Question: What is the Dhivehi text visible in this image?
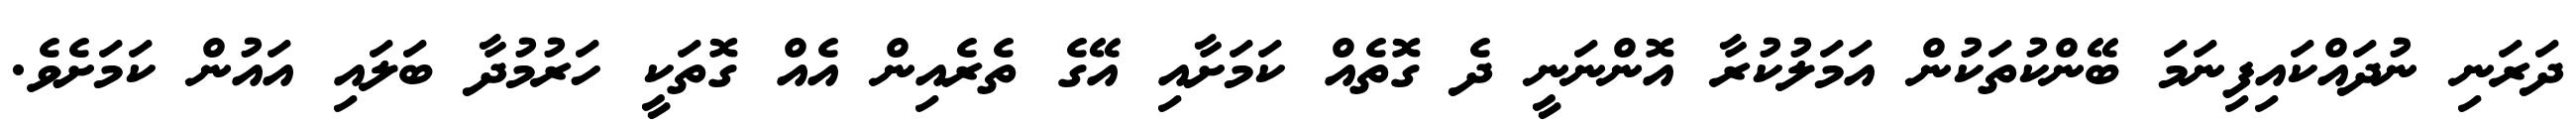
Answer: ދަރަނި ނުދައްކައިފިނަމަ ބޭންކުތަކުން އަމަލުކުރާ އޮންނަނީ ދެ ގޮތެއް ކަމަށާއި އޭގެ ތެރެއިން އެއް ގޮތަކީ ހަރުމުދާ ބަލައި އައުން ކަމަށެވެ.